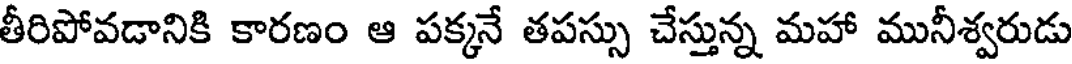
తీరిపోవడానికి కారణం ఆ పక్కనే తపస్సు చేస్తున్న మహా మునీశ్వరుడు